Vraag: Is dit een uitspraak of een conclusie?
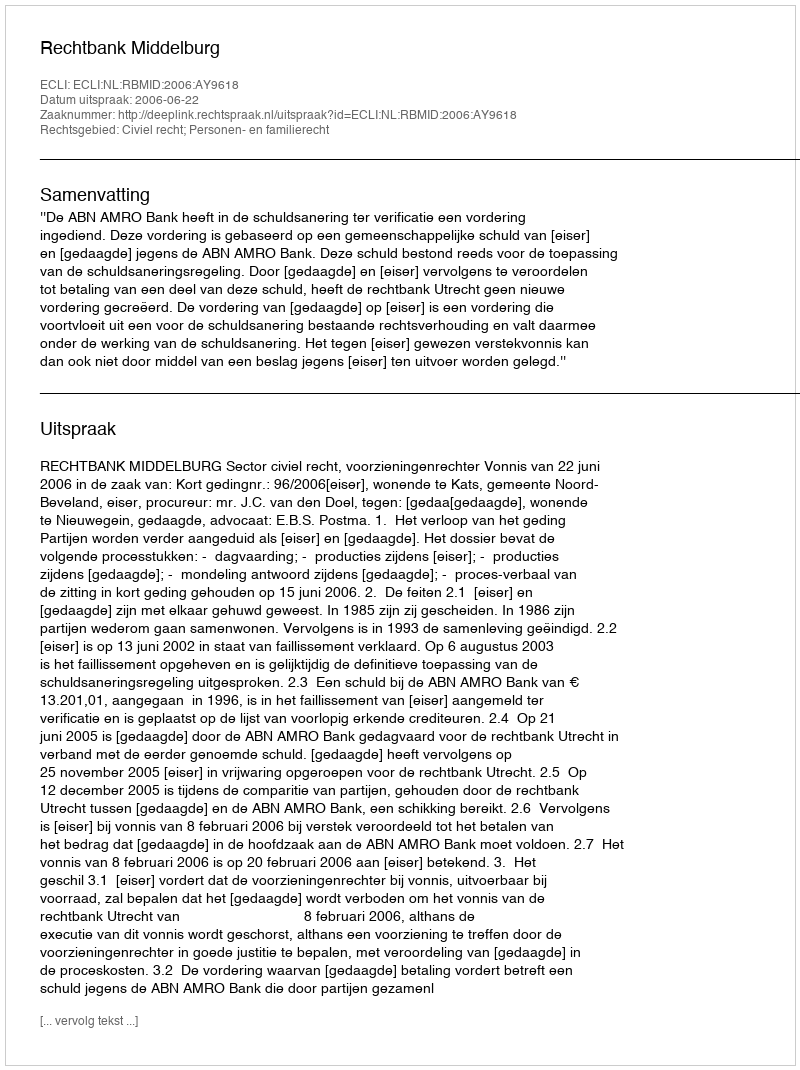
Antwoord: Uitspraak